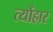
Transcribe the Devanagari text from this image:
त्योंहार